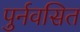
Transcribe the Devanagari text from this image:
पुर्नवसित